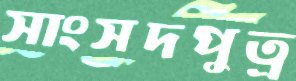
সাংসদপুত্র